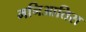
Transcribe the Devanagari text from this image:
मनिआतिस